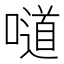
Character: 𠿱